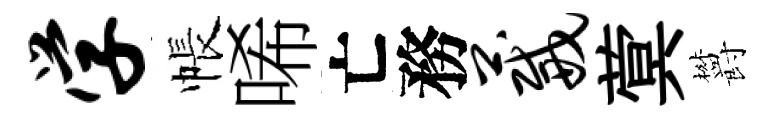
学帳唏亡務葳蓂欝